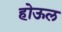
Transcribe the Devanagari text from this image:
होऊल